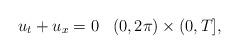
LaTeX: \begin{align*} u_t+u_x=0\;\;\; (0,2\pi)\times (0,T],\end{align*}